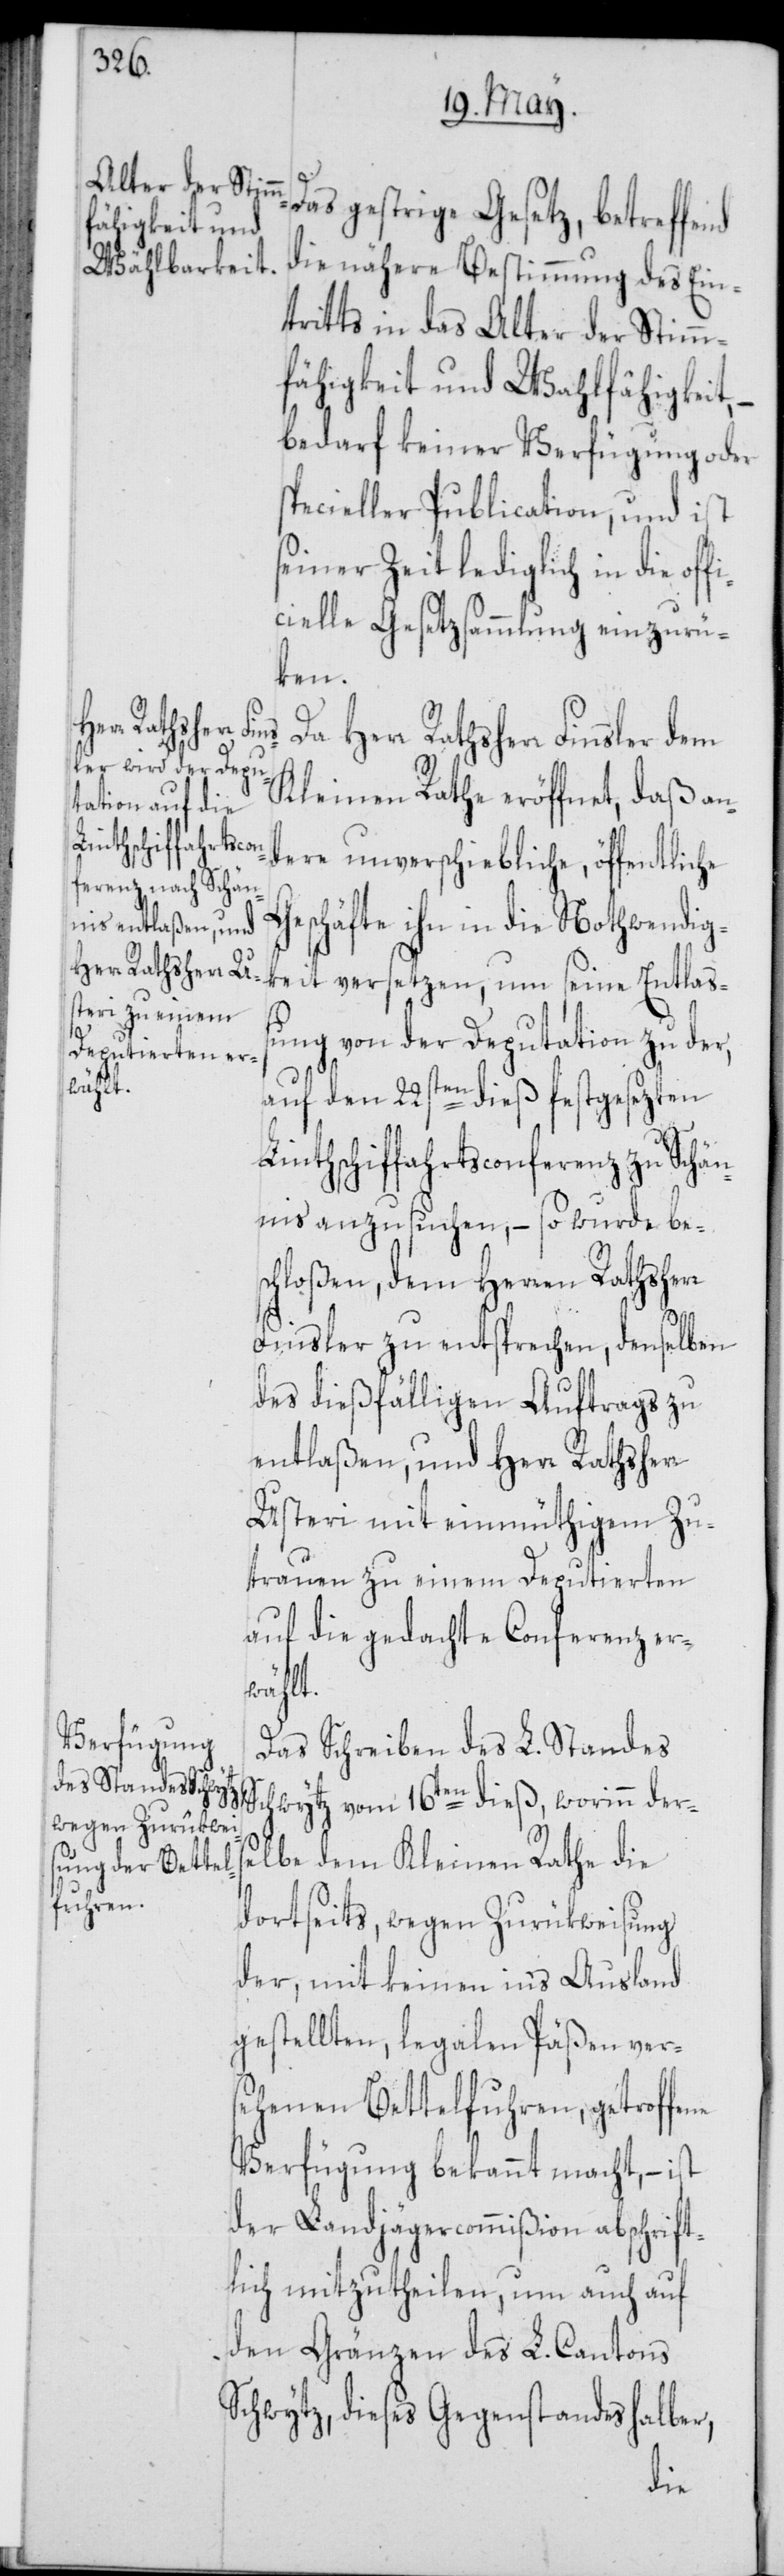
Das gestrige Gesetz, betreffend
die nähere Bestimmung des Ein¬
tritts in das Alter der Stimm¬
fähigkeit und Wahlfähigkeit,
bedarf keiner Verfügung oder
specieller Publication, und ist
seiner Zeit lediglich in die off¬
icielle Gesetzsammlung einzurü¬
ken.
Da Herr Rathsherr Finsler dem
Kleinen Rathe eröffnet, daß an¬
dere unverschiebliche, öffentliche
Geschäfte ihn in die Nothwendig¬
keit versetzen, um seine Entlaß¬
ung von der Deputation zu der,
auf den 22sten dieß festgesezten
Linthschiffahrtsconferenz zu Schän¬
nis anzusuchen, – so wurde bes¬
chloßen, dem Herren Rathsher¬
r Finsler zu entsprechen, denselben
des dießfälligen Auftrags zu
entlaßen, und Herr Rathsherr
Usteri mit einmüthigem Zu¬
trauen zu einem Deputierten
auf die gedachte Conferenz er¬
wählt.
Das Schreiben des L. Standes
Schwytz vom 16ten dieß, worinn ders¬
elbe dem Kleinen Rathe die
dortseits, wegen Zurükweisung
der, mit keinen in's Ausland
gestellten, legalen Päßen ver¬
sehenen Bettelfuhren, getroffene
Verfügung bekannt macht, – ist
der Landjägercommißion abschrift¬
lich mitzutheilen, um auch auf
den Gränzen des L. Cantons
Schwytz, dieses Gegenstandes halber,